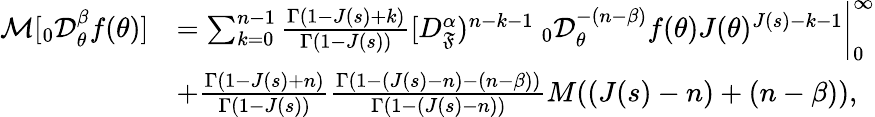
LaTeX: \begin{array}{rl}{\mathcal{M}[_{0}\mathcal{D}_{\theta}^{\beta}f(\theta)]}&{=\sum_{k=0}^{n-1}\frac{\Gamma(1-J(s)+k)}{\Gamma(1-J(s))}[D_{\mathfrak{F}}^{\alpha})^{n-k-1}~_{0}\mathcal{D}_{\theta}^{-(n-\beta)}f(\theta)J(\theta)^{J(s)-k-1}\bigg|_{0}^{\infty}}\\ &{+\frac{\Gamma(1-J(s)+n)}{\Gamma(1-J(s))}\frac{\Gamma(1-(J(s)-n)-(n-\beta))}{\Gamma(1-(J(s)-n))}M((J(s)-n)+(n-\beta)),}\end{array}